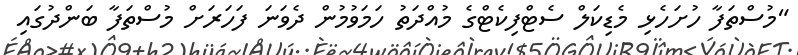
"މުސްތަފާ ހުށަހެޅި މެޑިކަލް ސެޓްފިކެޓްގެ މުއްދަތު ހަމަވުމުން ދެވަނަ ފަހަރަށް މުސްތަފާ ބަންދުގައި